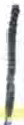
אות: ן